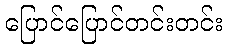
ပြောင်ပြောင်တင်းတင်း